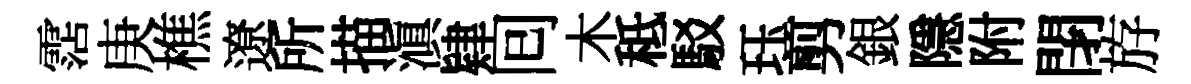
霑庚樵遼所描滇肄囘木秪駁珏剪銀隱附閉斿